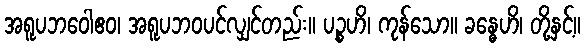
အရူပဘဝေါဧဝ၊ အရူပဘဝပင်လျှင်တည်း။ ပဉ္စဟိ၊ ကုန်သော။ ခန္ဓေဟိ၊ တို့နှင့်။